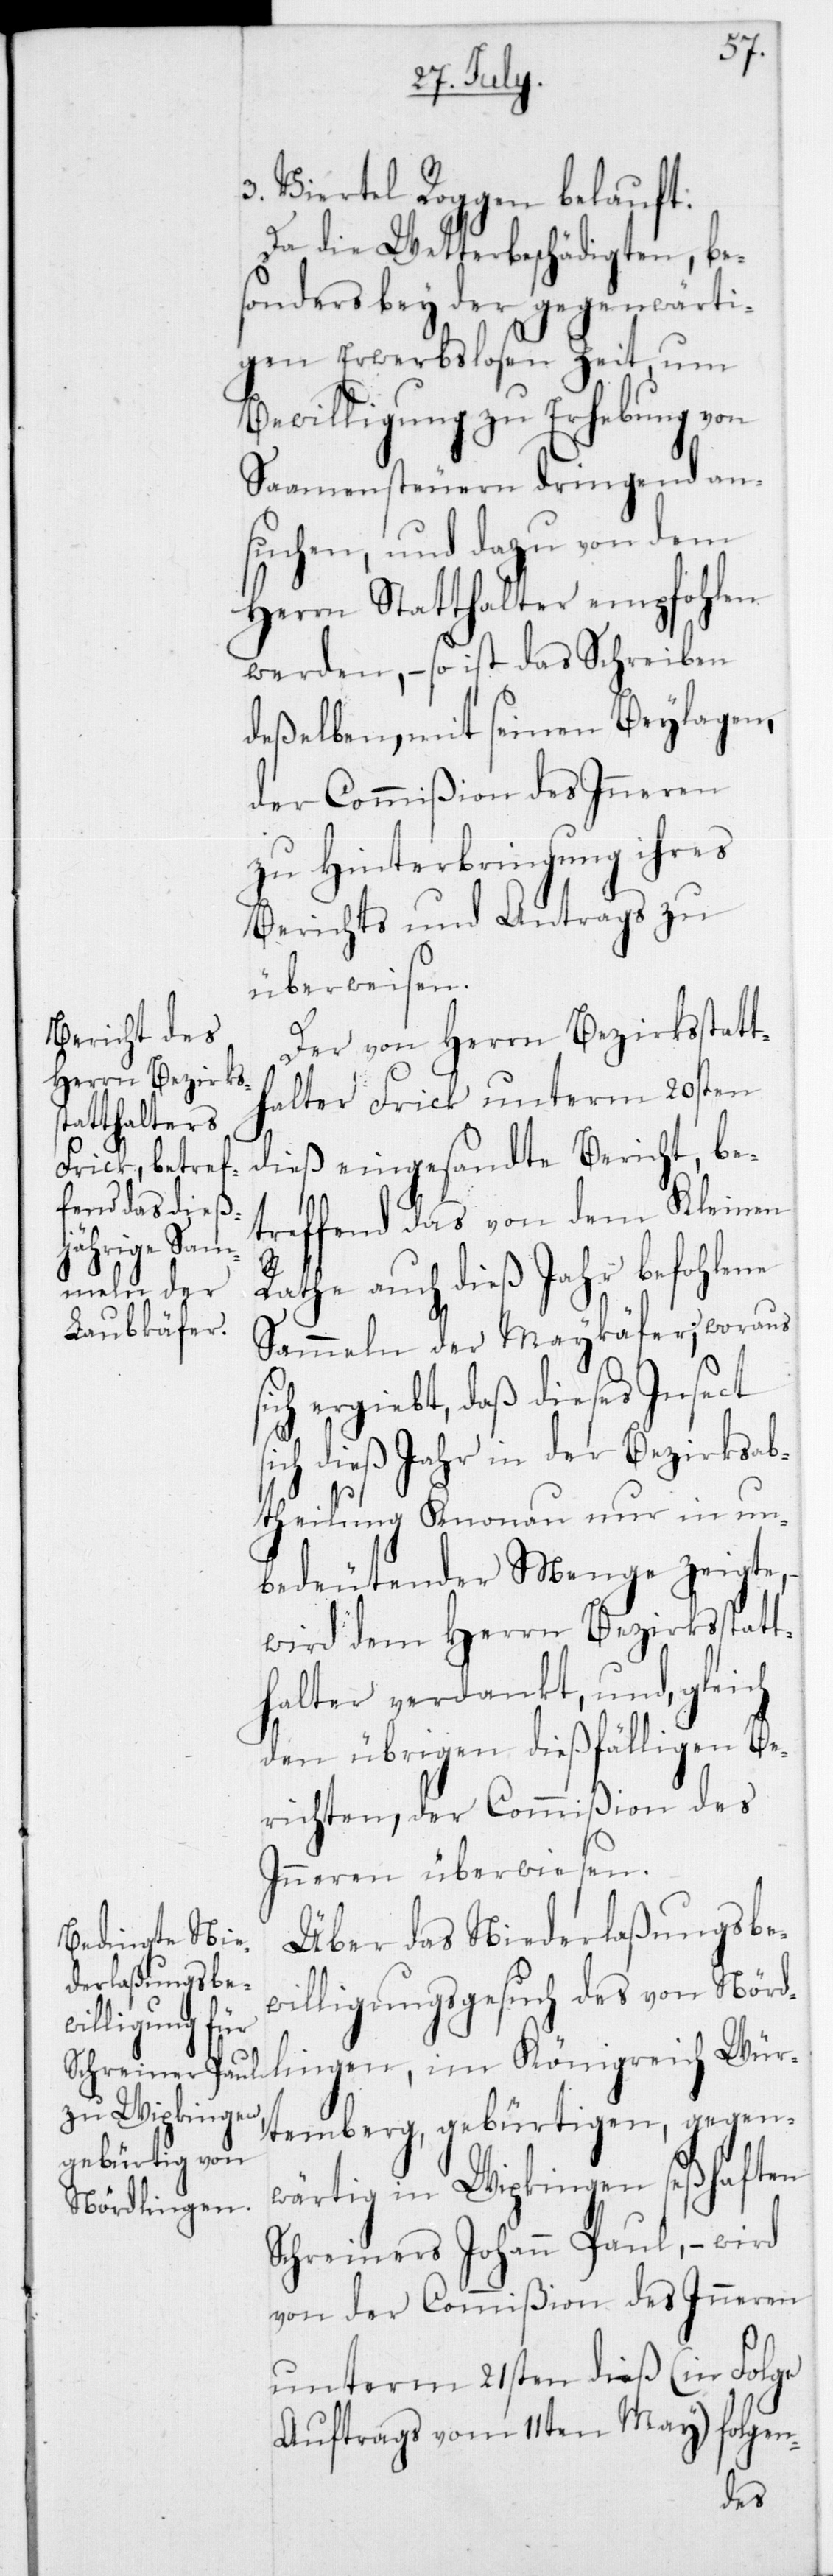
s¬

3 Viertel Roggen belauft.
Da die Wetterbeschädigten, be¬
sonders bey der gegenwärti¬
gen erwerbslosen Zeit, um
Bewilligung zu Erhebung von
Samensteuern dringend an¬
suchen, und dazu von dem
Herrn Statthalter empfohlen
werden, – so ist das Schreiben
deßelben, mit seinen Beylagen,
der Commißion des Inneren
zu Hinterbringung ihres
Berichts und Antrags zu
überweisen.
Der von Herrn Bezirksstatt¬
halter Frick unterm 20sten
dieß eingesandte Bericht, be¬
treffend das von dem Kleinen
Rathe auch dieß Jahr befohlene
Sammeln der Maykäfer; woraus
ich ergiebt, daß dieses Insect
sich dieß Jahr in der Bezirksab¬
theilung Knonau nur in un¬
bedeutender Menge zeigte,
wird dem Herrn Bezirksstatt¬
halter verdankt, und gleich
den übrigen dießfälligen Be¬
richten, der Commißion des
Inneren überwiesen.
Über das Niederlaßungsbe¬
willigungsgesuch des von Nörd¬
lingen im Königreich Wür¬
temberg, gebürtigen, gegen¬
wärtig in Wipkingen seßhaften
Schreiners Johann Paul, – wird
von der Commißion des Inneren
unterm 21sten dieß (in Folge
Auftrags vom 11ten May) folgen-